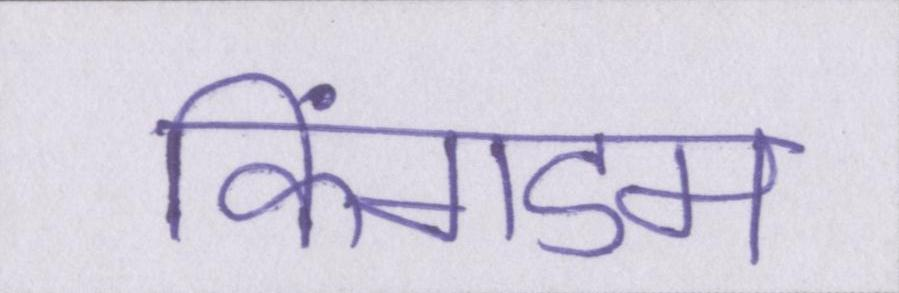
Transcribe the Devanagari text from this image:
किंगडम